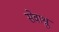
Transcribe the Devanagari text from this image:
सेवाश्रु